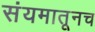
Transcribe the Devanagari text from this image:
संयमातूनच